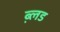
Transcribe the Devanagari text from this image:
ब्ल़ड